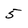
Character: 5